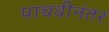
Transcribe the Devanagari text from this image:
पाचवीनंतर